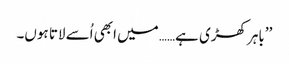
’’باہر کھڑی ہے…… میں ابھی اُسے لاتا ہوں۔